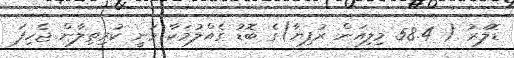
ޑޮލަރު ( 58.4 މިލިއަން ރުފިޔާ)ގެ ބޮޑު ގެއްލުމަކާ ވަނީ ކުރިތިލާން ޖެހިފަ